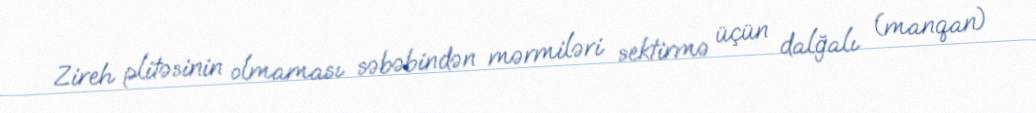
Zireh plitəsinin olmaması səbəbindən mərmiləri sektirmə üçün dalğalı (manqan)